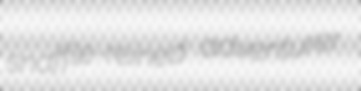
snaffle-reined adventurer